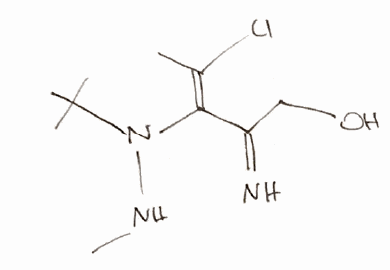
Simplified molecular-input line-entry system (SMILES) notation of the given molecule:
C/C(=C(/C(=N)CO)\N(C(C)(C)C)NC)/Cl